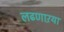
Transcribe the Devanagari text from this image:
लढणाऱया